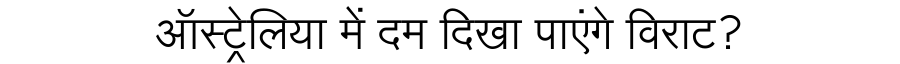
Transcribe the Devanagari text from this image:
ऑस्ट्रेलिया में दम दिखा पाएंगे विराट?